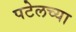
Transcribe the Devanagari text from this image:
पटेलच्या